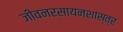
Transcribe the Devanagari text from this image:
जीवनरसायनशास्त्र